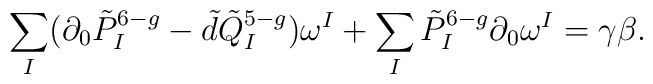
\sum_I(\partial_0\tilde{P}^{6-g}_I-\tilde{d}\tilde{Q}^{5-g}_I)\omega^I+\sum_I\tilde{P}^{6-g}_I\partial_0\omega^I=\gamma\beta.